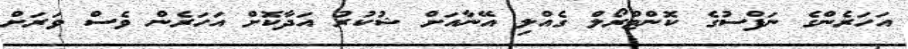
އަހަރެންގެ ނަފްސުގެ ކޮންޓްރޯލް ގެއްލި އޭނާއަށް ޝުކުރު އަދާކޮށް އަހަރެން ވެސް ވަރަށް